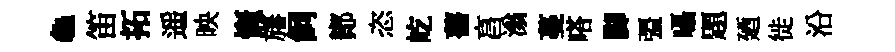
龜笛拓遥映慨旛飼鄼恣屹薔亯滃蔓嗒脚彊囁題廼徙沿